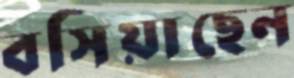
বসিয়াছেন